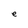
Character: e